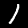
Label: 1